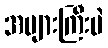
အများကြီးပဲ